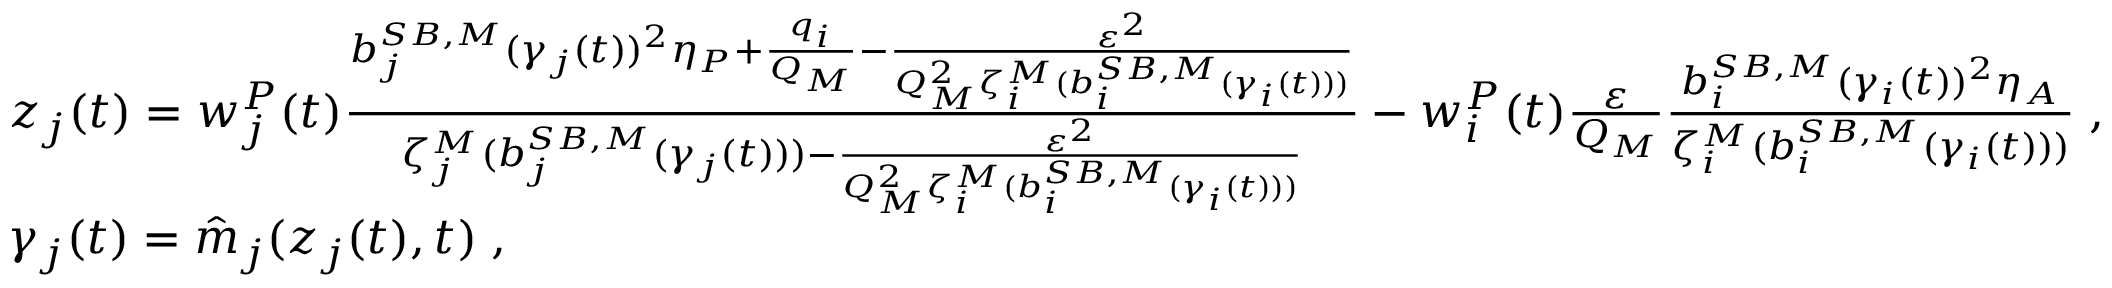
\begin{array} { r l } & { z _ { j } ( t ) = w _ { j } ^ { P } ( t ) \frac { { b } _ { j } ^ { S B , M } ( \gamma _ { j } ( t ) ) ^ { 2 } \eta _ { P } + \frac { q _ { i } } { Q _ { M } } - \frac { \varepsilon ^ { 2 } } { Q _ { M } ^ { 2 } \zeta _ { i } ^ { M } ( { b } _ { i } ^ { S B , M } ( \gamma _ { i } ( t ) ) ) } } { \zeta _ { j } ^ { M } ( { b } _ { j } ^ { S B , M } ( \gamma _ { j } ( t ) ) ) - \frac { \varepsilon ^ { 2 } } { Q _ { M } ^ { 2 } \zeta _ { i } ^ { M } ( { b } _ { i } ^ { S B , M } ( \gamma _ { i } ( t ) ) ) } } - w _ { i } ^ { P } ( t ) \frac { \varepsilon } { Q _ { M } } \frac { { b } _ { i } ^ { S B , M } ( \gamma _ { i } ( t ) ) ^ { 2 } \eta _ { A } } { \zeta _ { i } ^ { M } ( { b } _ { i } ^ { S B , M } ( \gamma _ { i } ( t ) ) ) } \; , } \\ & { \gamma _ { j } ( t ) = \hat { m } _ { j } ( z _ { j } ( t ) , t ) \; , } \end{array}